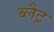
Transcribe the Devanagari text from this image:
ब्लैट्र